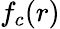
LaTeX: f_{c}(r)